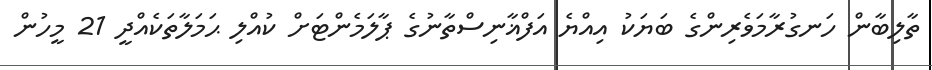
ތާލިބާން ހަނގުރާމަވެރިންގެ ބަޔަކު އިއްޔެ އަފްޣާނިސްތާނުގެ ޕާލަމެންޓަށް ކުއްލި ޙަމަލާތަކެއްދީ 21 މީހުން